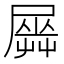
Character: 𡳡